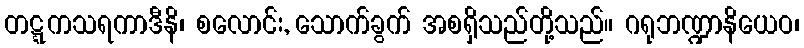
တဋ္ဋကသရကာဒီနိ၊ စလောင်း, သောက်ခွက် အစရှိသည်တို့သည်။ ဂရုဘဏ္ဍာနိယေဝ၊